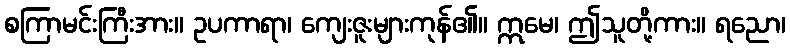
စကြာမင်းကြီးအား။ ဥပကာရာ၊ ကျေးဇူးများကုန်၏။ ဣမေ၊ ဤသူတို့ကား။ ရညော၊